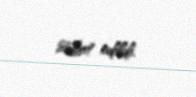
sübut edildi.